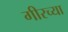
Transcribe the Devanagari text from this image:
गीरच्या